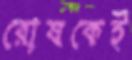
রোষকেই